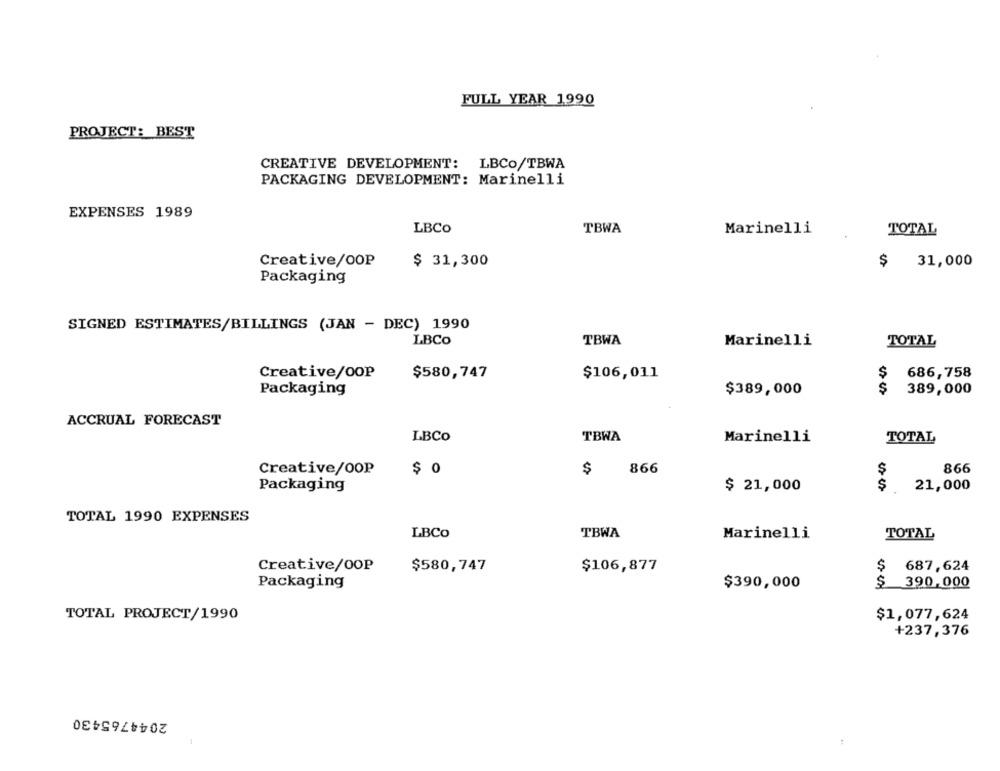
FULL YEAR 1990
PROJECT: BEST
CREATIVE DEVELOPMENT: LBCO/TBWA
PACKAGING DEVELOPMENT: Marinelli
EXPENSES 1989
LBCo
TBWA
Marinelli
TOTAL
Creative/OOP
$ 31,300
31,000
Packaging
SIGNED ESTIMATES/BILLINGS (JAN - DEC) 1990
LBCO
TBWA
Marinelli
TOTAL
Creative/OOP
$580,747
$106,011
S
686,758
Packaging
$389,000
$
389,000
ACCRUAL FORECAST
LBCO
TBWA
Marinelli
TOTAL
Creative/OOP
$ 0
$
866
$
866
21,000
Packaging
$ 21,000
TOTAL 1990 EXPENSES
LBCo
TBWA
Marinelli
TOTAL
Creative/OOP
$580,747
$106,877
$
687,624
Packaging
$390,000
$ 390.000
TOTAL PROJECT/1990
$1,077,624
+237,376
2044765430